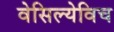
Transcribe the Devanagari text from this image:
वेसिल्येविच